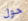
حول